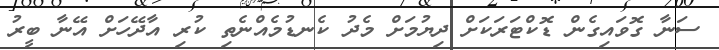
ސަނާ ގޮވައިގެން ޑޮކްޓަރަކަށް ދިޔުމަށް މެދު ކެނޑުމެއްނެތި ކުރި އާދޭހަށް އޭނާ ބީރު